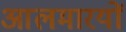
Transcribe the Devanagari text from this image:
आलमारयों